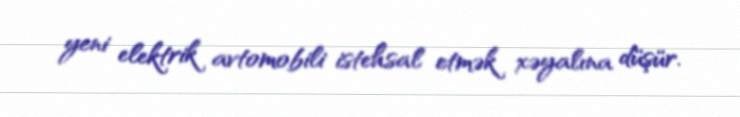
yeni elektrik avtomobili istehsal etmək xəyalına düşür.